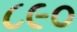
૮૯૦